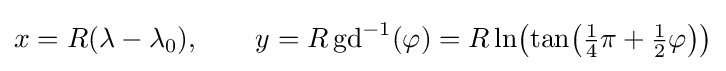
x=R(\lambda -\lambda _{0}),\qquad y=R\operatorname {gd} ^{-1}(\varphi )=R\,{\ln }{\bigl (}{\tan }{\bigl (}{\tfrac {1}{4}}\pi +{\tfrac {1}{2}}\varphi {\bigr )}{\bigr )}